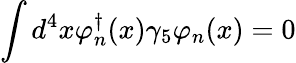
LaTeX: \int d^{4}x\varphi_{n}^{\dagger}(x)\gamma_{5}\varphi_{n}(x)=0